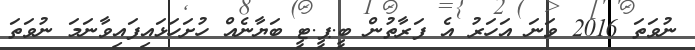
ނުވަތަ 2016 ވަނަ އަހަރު އެ ފަރާތުން ބީ.ޕީ.ޓީ ބަޔާނެއް ހުށަހަޅައިފައިވާނަމަ ނުވަތަ